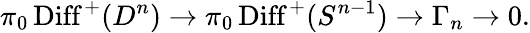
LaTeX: \pi_{0}\operatorname{Diff}^{+}(D^{n})\to\pi_{0}\operatorname{Diff}^{+}(S^{n-1})\to\Gamma_{n}\to 0.